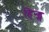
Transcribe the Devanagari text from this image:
हिन्ड्स